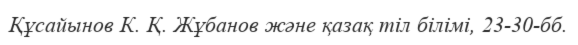
Құсайынов К. Қ. Жұбанов және қазақ тіл білімі, 23-30-бб.